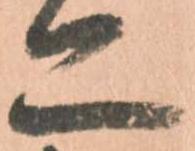
亦